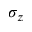
\sigma _ { z }